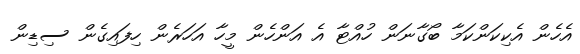
އެހެން އެކިކަންކަމާ ބޯގާނަން ހުއްޓާ އެ އަންހެން މީހާ އަހަރެން ހިފައިގެން ސިޑިން